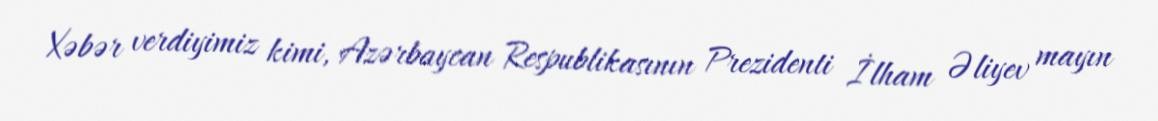
Xəbər verdiyimiz kimi, Azərbaycan Respublikasının Prezidenti İlham Əliyev mayın